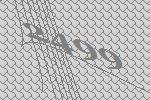
2499